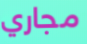
مجاري